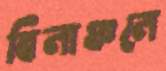
বিলাঞ্চলে